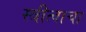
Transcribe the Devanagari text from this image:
स्त्रीत्वाचा